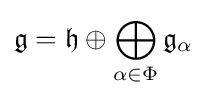
{\mathfrak {g}}={\mathfrak {h}}\oplus \bigoplus _{\alpha \in \Phi }{\mathfrak {g}}_{\alpha }